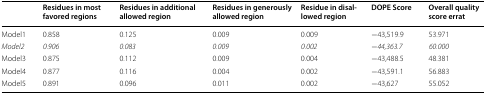
<table><thead><tr><td></td><td><b>Residues in most favored regions</b></td><td><b>Residues in additional allowed region</b></td><td><b>Residues in generously allowed region</b></td><td><b>Residue in disallowed region</b></td><td><b>DOPE Score</b></td><td><b>Overall quality score errat</b></td></tr></thead><tbody><tr><td>Model1</td><td>0.858</td><td>0.125</td><td>0.009</td><td>0.009</td><td>−43,519.9</td><td>53.971</td></tr><tr><td><i>Model2</i></td><td><i>0.906</i></td><td><i>0.083</i></td><td><i>0.009</i></td><td><i>0.002</i></td><td><i>−44,363.7</i></td><td><i>60.000</i></td></tr><tr><td>Model3</td><td>0.875</td><td>0.112</td><td>0.009</td><td>0.004</td><td>−43,488.5</td><td>48.381</td></tr><tr><td>Model4</td><td>0.877</td><td>0.116</td><td>0.004</td><td>0.002</td><td>−43,591.1</td><td>56.883</td></tr><tr><td>Model5</td><td>0.891</td><td>0.096</td><td>0.011</td><td>0.002</td><td>−43,627</td><td>55.052</td></tr></tbody></table>